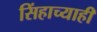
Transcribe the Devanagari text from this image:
सिंहाच्याही